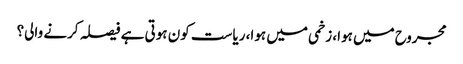
مجروح میں ہوا، زخمی میں ہوا، ریاست کون ہوتی ہے فیصلہ کرنے والی؟